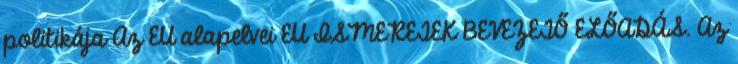
politikája Az EU alapelvei EU ISMERETEK BEVEZETŐ ELŐADÁS. Az